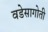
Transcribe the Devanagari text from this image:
वडेसागोती